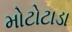
મોટોટાડા